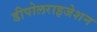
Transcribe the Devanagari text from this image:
डीपोलराइजेशन